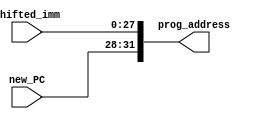
module jump_PC (input [3:0] new_PC, input [27:0] shifted_imm, output [31:0] prog_address);

assign prog_address[31:28] = new_PC;
assign prog_address[27:0] = shifted_imm;

endmodule